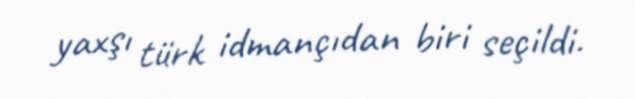
yaxşı türk idmançıdan biri seçildi.